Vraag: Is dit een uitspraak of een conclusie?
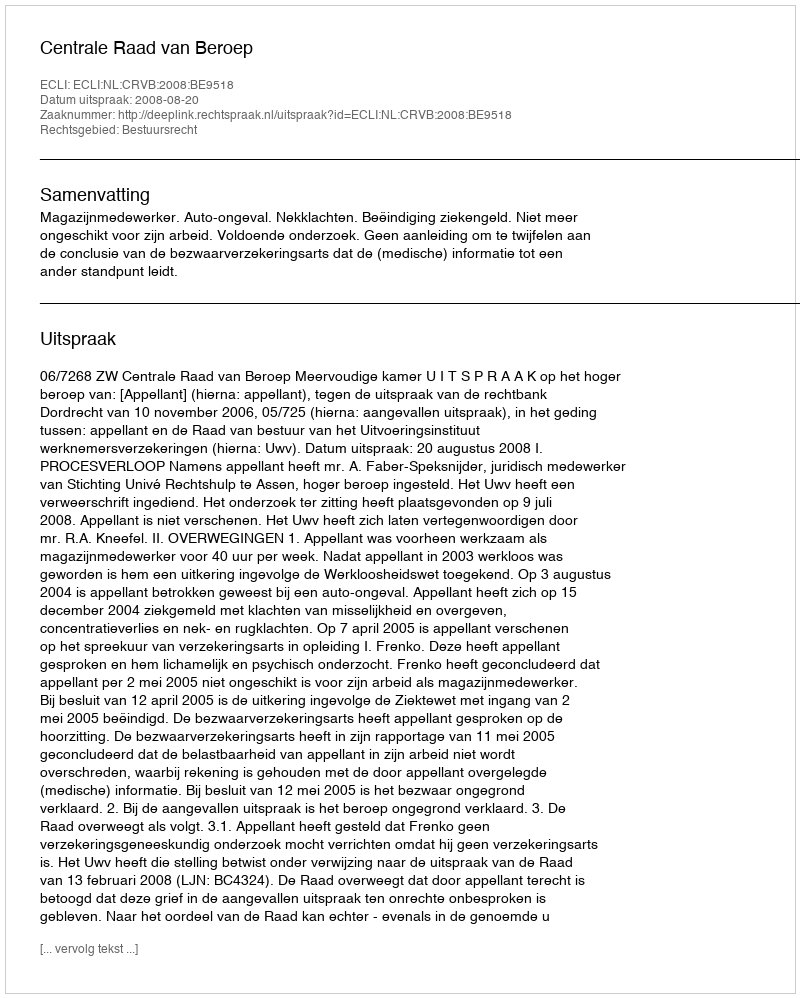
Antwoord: Uitspraak